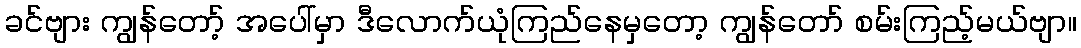
ခင်ဗျား ကျွန်တော့် အပေါ်မှာ ဒီလောက်ယုံကြည်နေမှတော့ ကျွန်တော် စမ်းကြည့်မယ်ဗျာ။